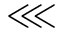
\lll